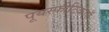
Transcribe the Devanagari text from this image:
पूयस्फीटिकाएँ